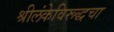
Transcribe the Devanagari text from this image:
श्रीलंकेविरूद्धचा